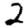
Digit: 2